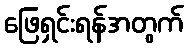
ဖြေရှင်းရန်အတွက်